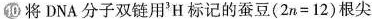
⑩将DNA分子双链用'H标记的蚕豆(2n=12)根尖